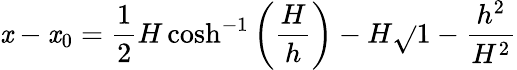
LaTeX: \mathit{x}-\mathit{x}_{0}={\frac{{1}}{{2}}}H\cosh^{-1}\left({\frac{{H}}{{h}}}\right)-H{\sqrt{}{{1-{\frac{{h^{2}}}{{H^{2}}}}}}}